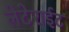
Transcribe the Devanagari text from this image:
लेटेराईट